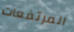
المرتفعات